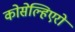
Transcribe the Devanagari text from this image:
कोसेल्हिएरो